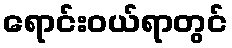
ရောင်းဝယ်ရာတွင်